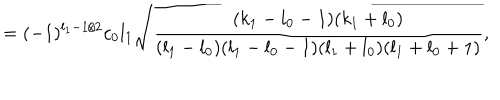
= ( - 1 ) ^ { l _ { 1 } - 1 / 2 } c _ { 0 } l _ { 1 } \sqrt { \frac { ( k _ { 1 } - l _ { 0 } - 1 ) ( k _ { 1 } + l _ { 0 } ) } { ( l _ { 1 } - l _ { 0 } ) ( l _ { 1 } - l _ { 0 } - 1 ) ( l _ { 1 } + l _ { 0 } ) ( l _ { 1 } + l _ { 0 } + 1 ) } } ,